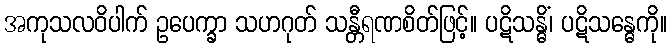
အကုသလဝိပါက် ဥပေက္ခာ သဟဂုတ် သန္တီရဏစိတ်ဖြင့်။ ပဋိသန္ဓိံ၊ ပဋိသန္ဓေကို။